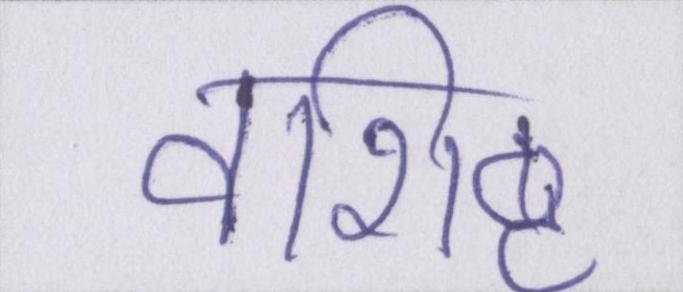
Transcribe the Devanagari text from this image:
वशिष्ट